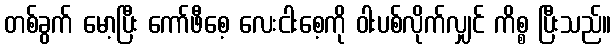
တစ်ခွက် မော့ပြီး ကော်ဖီစေ့ လေးငါးစေ့ကို ဝါးပစ်လိုက်လျှင် ကိစ္စ ပြီးသည်။